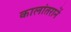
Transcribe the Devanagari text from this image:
कालांतरानें